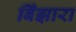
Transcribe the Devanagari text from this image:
बिँझारा